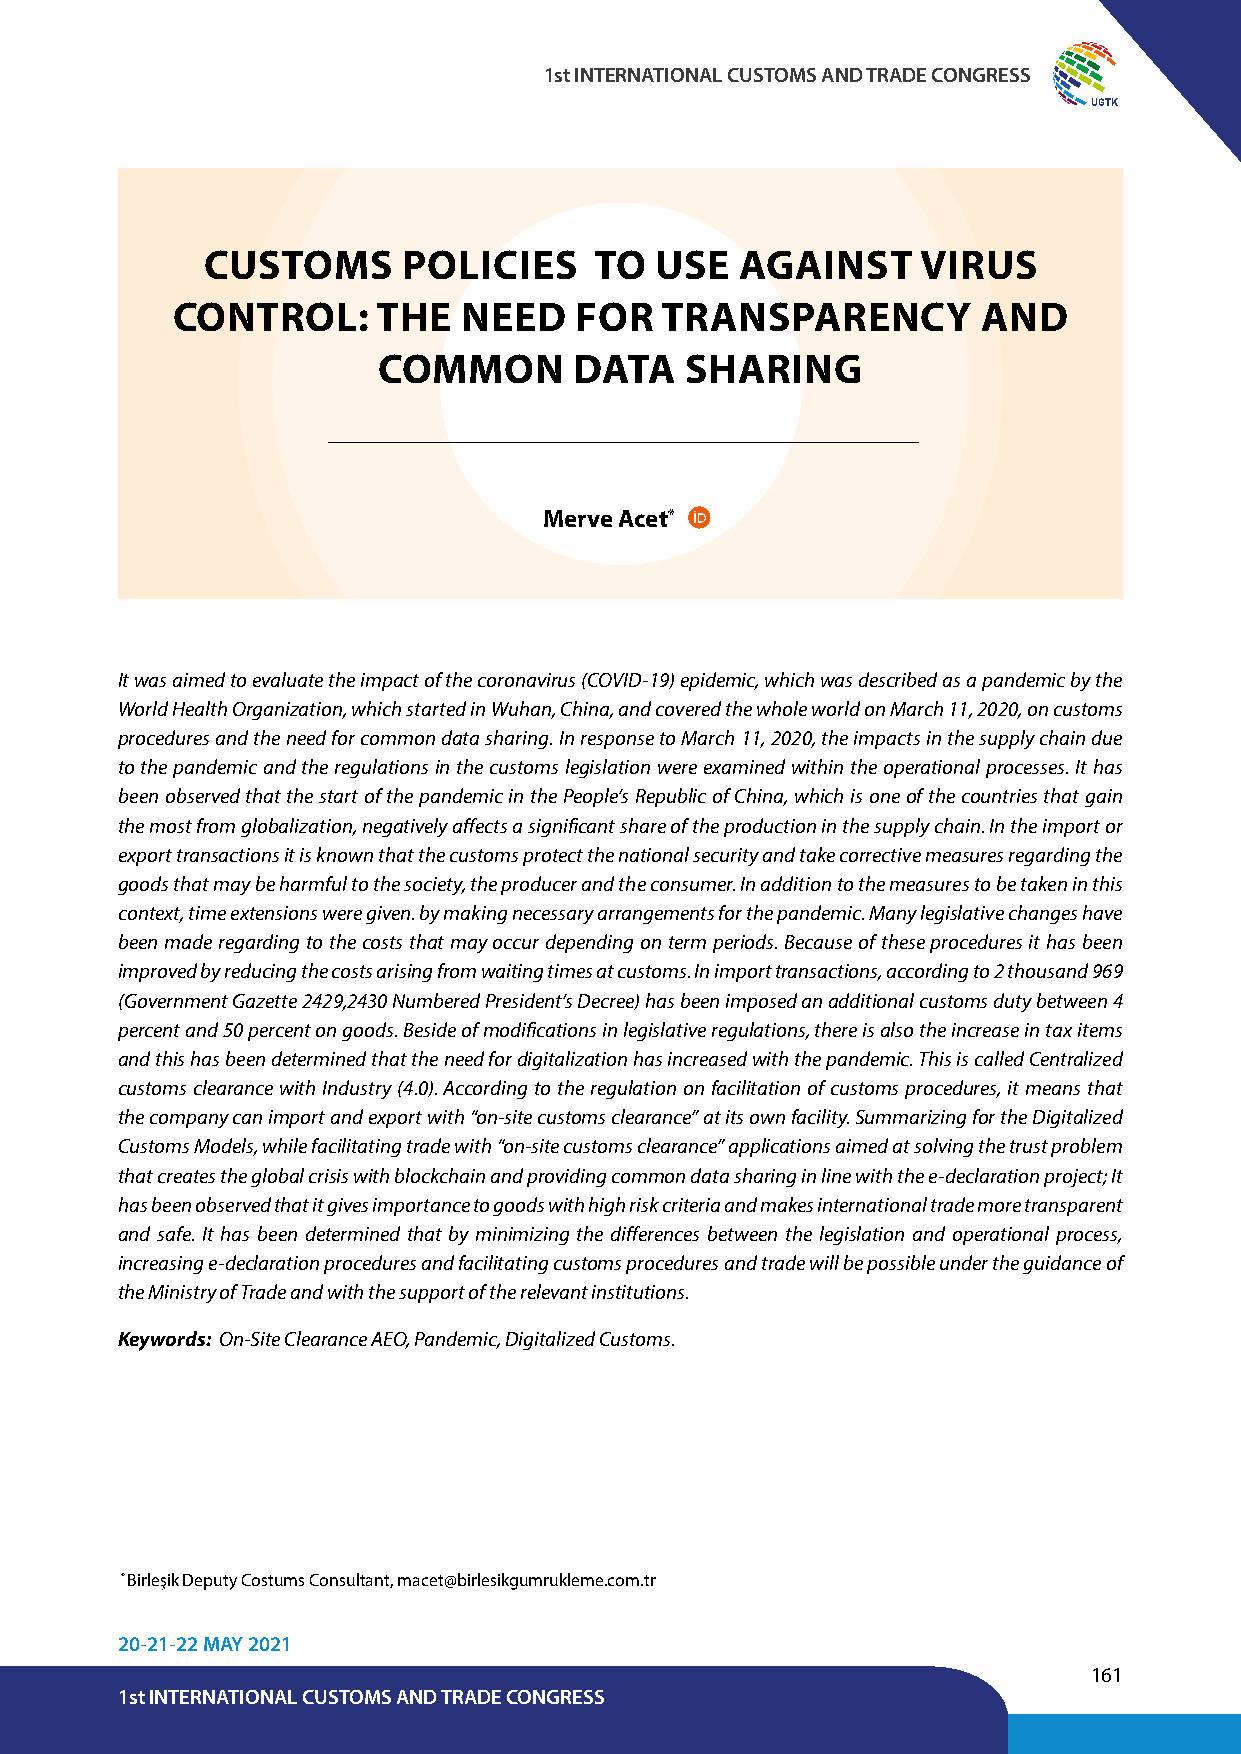
1st INTERNATIONAL CUSTOMS AND TRADE CONGRESS
 UGTK
 CUSTOMS       POLICIES    TO  USE   AGAINST     VIRUS
 CONTROL:      THE   NEED   FOR   TRANSPARENCY         AND
 COMMON       DATA   SHARING
 Merve Acet*
 It was aimed to evaluate the impact of the coronavirus (COVID-19) epidemic, which was described as a pandemic by the
 World Health Organization, which started in Wuhan, China, and covered the whole world on March 11, 2020, on customs
 procedures and the need for common data sharing. In response to March 11, 2020, the impacts in the supply chain due
 to the pandemic and the regulations in the customs legislation were examined within the operational processes. It has
 been observed that the start of the pandemic in the People’s Republic of China, which is one of the countries that gain
 the most from globalization, negatively affects a significant share of the production in the supply chain. In the import or
 export transactions it is known that the customs protect the national security and take corrective measures regarding the
 goods that may be harmful to the society, the producer and the consumer. In addition to the measures to be taken in this
 context, time extensions were given. by making necessary arrangements for the pandemic. Many legislative changes have
 been made regarding to the costs that may occur depending on term periods. Because of these procedures it has been
 improved by reducing the costs arising from waiting times at customs. In import transactions, according to 2 thousand 969
 (Government Gazette 2429,2430 Numbered President’s Decree) has been imposed an additional customs duty between 4
 percent and 50 percent on goods. Beside of modifications in legislative regulations, there is also the increase in tax items
 and this has been determined that the need for digitalization has increased with the pandemic. This is called Centralized
 customs clearance with Industry (4.0). According to the regulation on facilitation of customs procedures, it means that
 the company can import and export with “on-site customs clearance” at its own facility. Summarizing for the Digitalized
 Customs Models, while facilitating trade with “on-site customs clearance” applications aimed at solving the trust problem
 that creates the global crisis with blockchain and providing common data sharing in line with the e-declaration project; It
 has been observed that it gives importance to goods with high risk criteria and makes international trade more transparent
 and safe. It has been determined that by minimizing the differences between the legislation and operational process,
 increasing e-declaration procedures and facilitating customs procedures and trade will be possible under the guidance of
 the Ministry of Trade and with the support of the relevant institutions.
 Keywords: On-Site Clearance AEO, Pandemic, Digitalized Customs.
 * Birleşik Deputy Costums Consultant, macet@birlesikgumrukleme.com.tr
 20-21-22 MAY 2021
 161
 1st INTERNATIONAL CUSTOMS AND TRADE CONGRESS